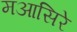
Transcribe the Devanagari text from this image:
मआसिरे